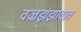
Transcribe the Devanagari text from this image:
वज्रझंझावात